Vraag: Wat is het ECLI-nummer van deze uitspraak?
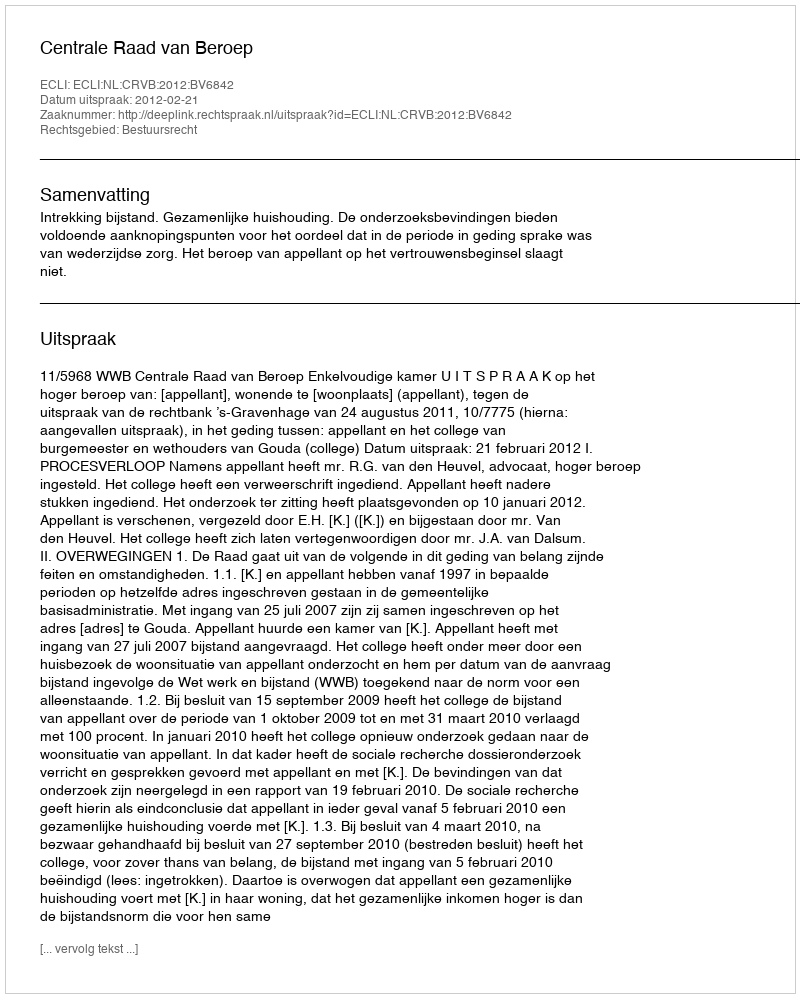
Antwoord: ECLI:NL:CRVB:2012:BV6842